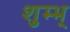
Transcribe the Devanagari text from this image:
शुम्भ्